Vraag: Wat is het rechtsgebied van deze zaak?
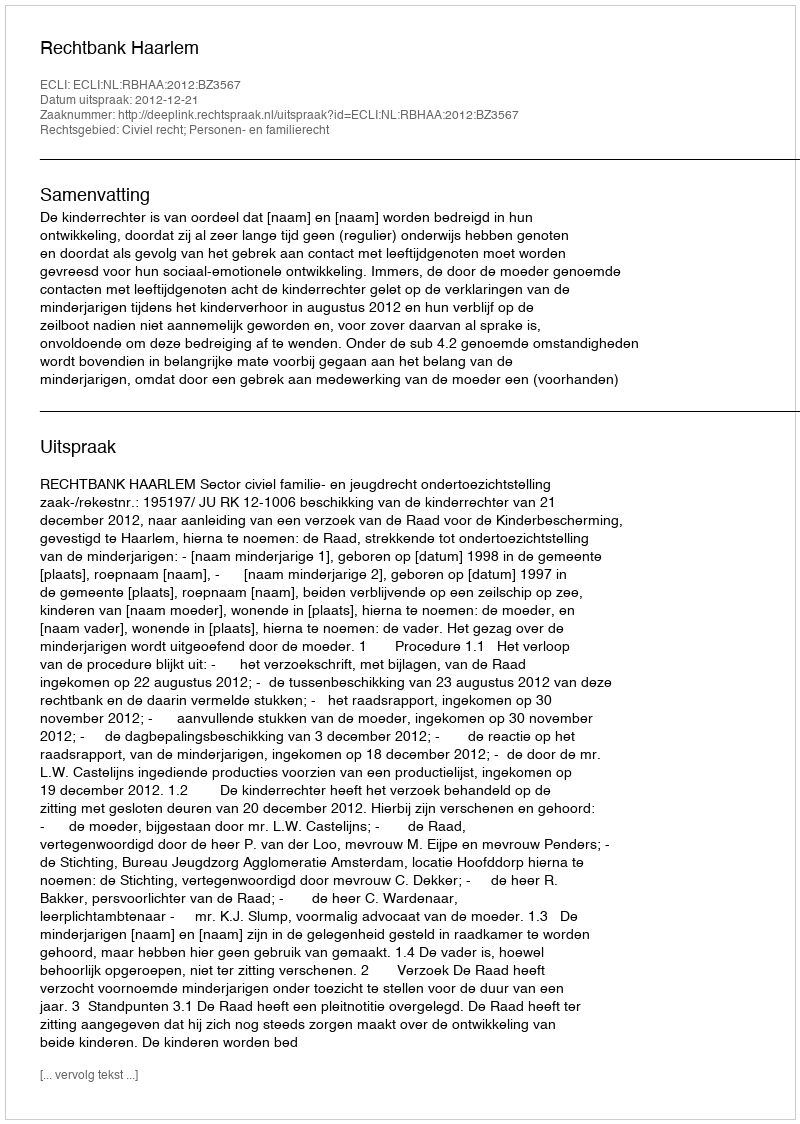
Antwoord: Civiel recht; Personen- en familierecht